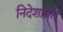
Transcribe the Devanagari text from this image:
निदेशांकों